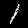
Digit: 1